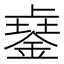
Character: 𨨾